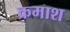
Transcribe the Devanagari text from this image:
क्रमाश